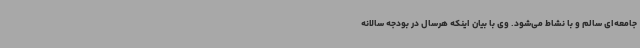
جامعه‌ای سالم و با نشاط می‌شود. وی با بیان اینکه هرسال در بودجه سالانه